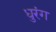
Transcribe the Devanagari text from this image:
धुरंग